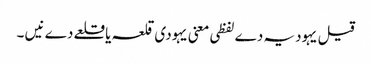
قیل یہودیہ دے لفظی معنی یہودی قلعہ یا قلعے دے نیں ۔